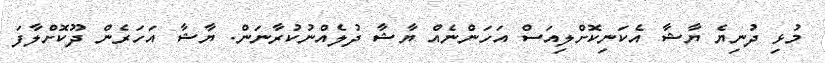
މުޅި ދުނިޔެ ޔާޝާ އެކަނިކޮށްލިއަސް އަހަންނެއް ޔާޝާ ދުލެއްނުކުރާނަން. ޔާޝާ އަަހަރެން ދޫކޮށްލާފަ